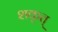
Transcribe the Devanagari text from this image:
शकृत्